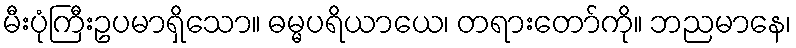
မီးပုံကြီးဥပမာရှိသော။ ဓမ္မပရိယာယေ၊ တရားတော်ကို။ ဘညမာနေ၊